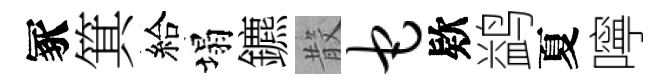
冢箕給塌鑣𣪚它欵鹢夏嚀